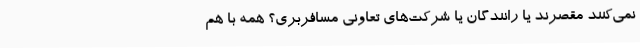
نمی‌کنند مقصرند یا رانندگان یا شرکت‌های تعاونی مسافربری؟ همه با هم